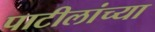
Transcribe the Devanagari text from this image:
पाटीलांच्या